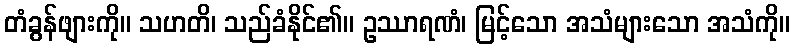
တံခွန်ဖျားကို။ သဟတိ၊ သည်ခံနိုင်၏။ ဥဿာရဏံ၊ မြင့်သော အသံများသော အသံကို။